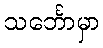
သင်္ဘောမှာ